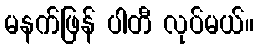
မနက်ဖြန် ပါတီ လုပ်မယ်။